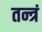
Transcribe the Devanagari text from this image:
तन्त्रं